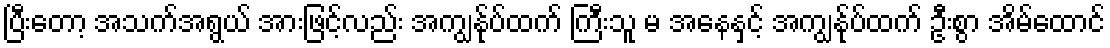
ပြီးတော့ အသက်အရွယ် အားဖြင့်လည်း အကျွန်ုပ်ထက် ကြီးသူ မ အနေနှင့် အကျွန်ုပ်ထက် ဦးစွာ အိမ်ထောင်